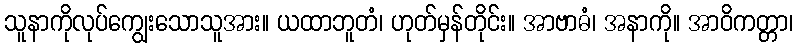
သူနာကိုလုပ်ကျွေးသောသူအား။ ယထာဘူတံ၊ ဟုတ်မှန်တိုင်း။ အာဗာဓံ၊ အနာကို။ အာဝိကတ္တာ၊